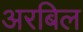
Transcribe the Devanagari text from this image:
अरबिल